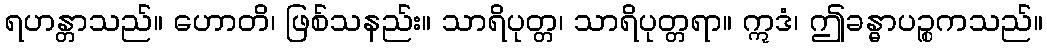
ရဟန္တာသည်။ ဟောတိ၊ ဖြစ်သနည်း။ သာရိပုတ္တ၊ သာရိပုတ္တရာ။ ဣဒံ၊ ဤခန္ဓာပဉ္စကသည်။